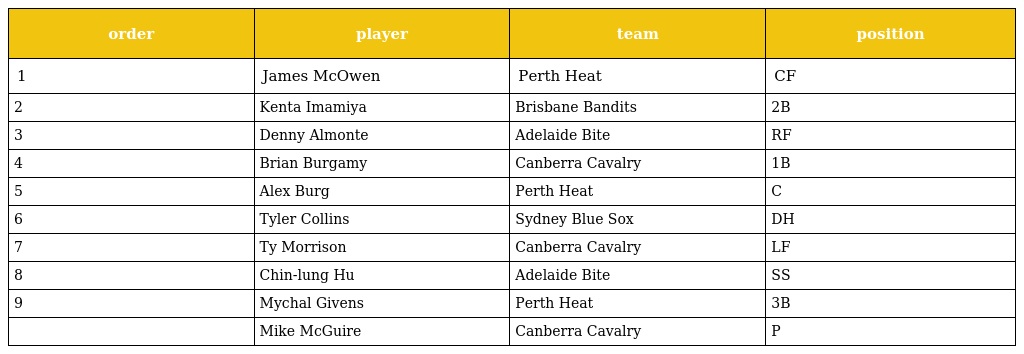
| order | player | team | position |
 | --- | --- | --- | --- |
 | 1 | James McOwen | Perth Heat | CF |
 | 2 | Kenta Imamiya | Brisbane Bandits | 2B |
 | 3 | Denny Almonte | Adelaide Bite | RF |
 | 4 | Brian Burgamy | Canberra Cavalry | 1B |
 | 5 | Alex Burg | Perth Heat | C |
 | 6 | Tyler Collins | Sydney Blue Sox | DH |
 | 7 | Ty Morrison | Canberra Cavalry | LF |
 | 8 | Chin-lung Hu | Adelaide Bite | SS |
 | 9 | Mychal Givens | Perth Heat | 3B |
 |  | Mike McGuire | Canberra Cavalry | P |